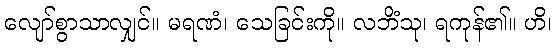
လျော်စွာသာလျှင်။ မရဏံ၊ သေခြင်းကို။ လဘိံသု၊ ရကုန်၏။ ဟိ၊